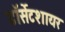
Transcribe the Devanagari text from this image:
डॉर्सेटशायर